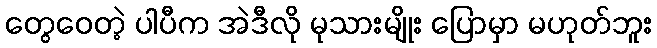
တွေဝေတဲ့ ပါပီက အဲဒီလို မုသားမျိုး ပြောမှာ မဟုတ်ဘူး